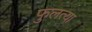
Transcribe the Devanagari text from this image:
फुलत्या